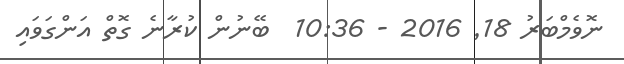
ނޮވެމްބަރު 18